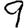
Digit: 9